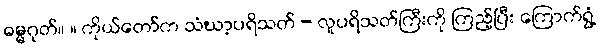
ဓမ္မဂုတ်။ ။ ကိုယ်တော်က သံဃာ့ပရိသတ် - လူပရိသတ်ကြီးကို ကြည့်ပြီး ကြောက်ရွံ့